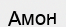
Амон